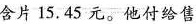
含片15.45元。他付给售